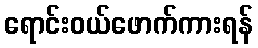
ရောင်းဝယ်ဖောက်ကားရန်